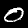
Label: 0